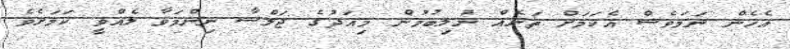
އެހެން ނަމަވެސް އެކަމަށް ތަނެއް ނުލިބުމުން މިއަދުގެ ޖަލްސާ ނިންމަވާ ލެއްވީ ކަމަށެވެ.